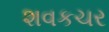
શવકચર